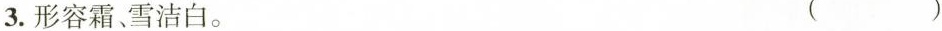
3.形容霜、雪洁白。 ( )